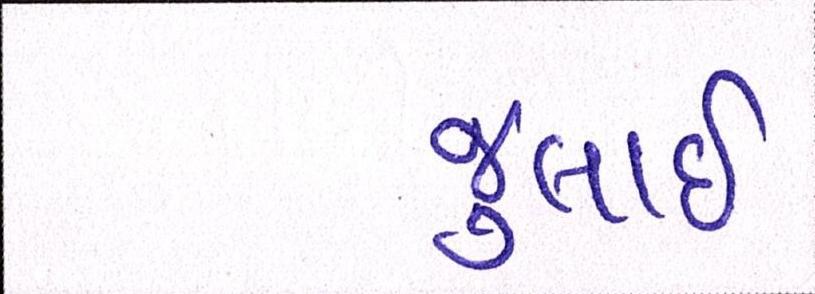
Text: જુલાઇ